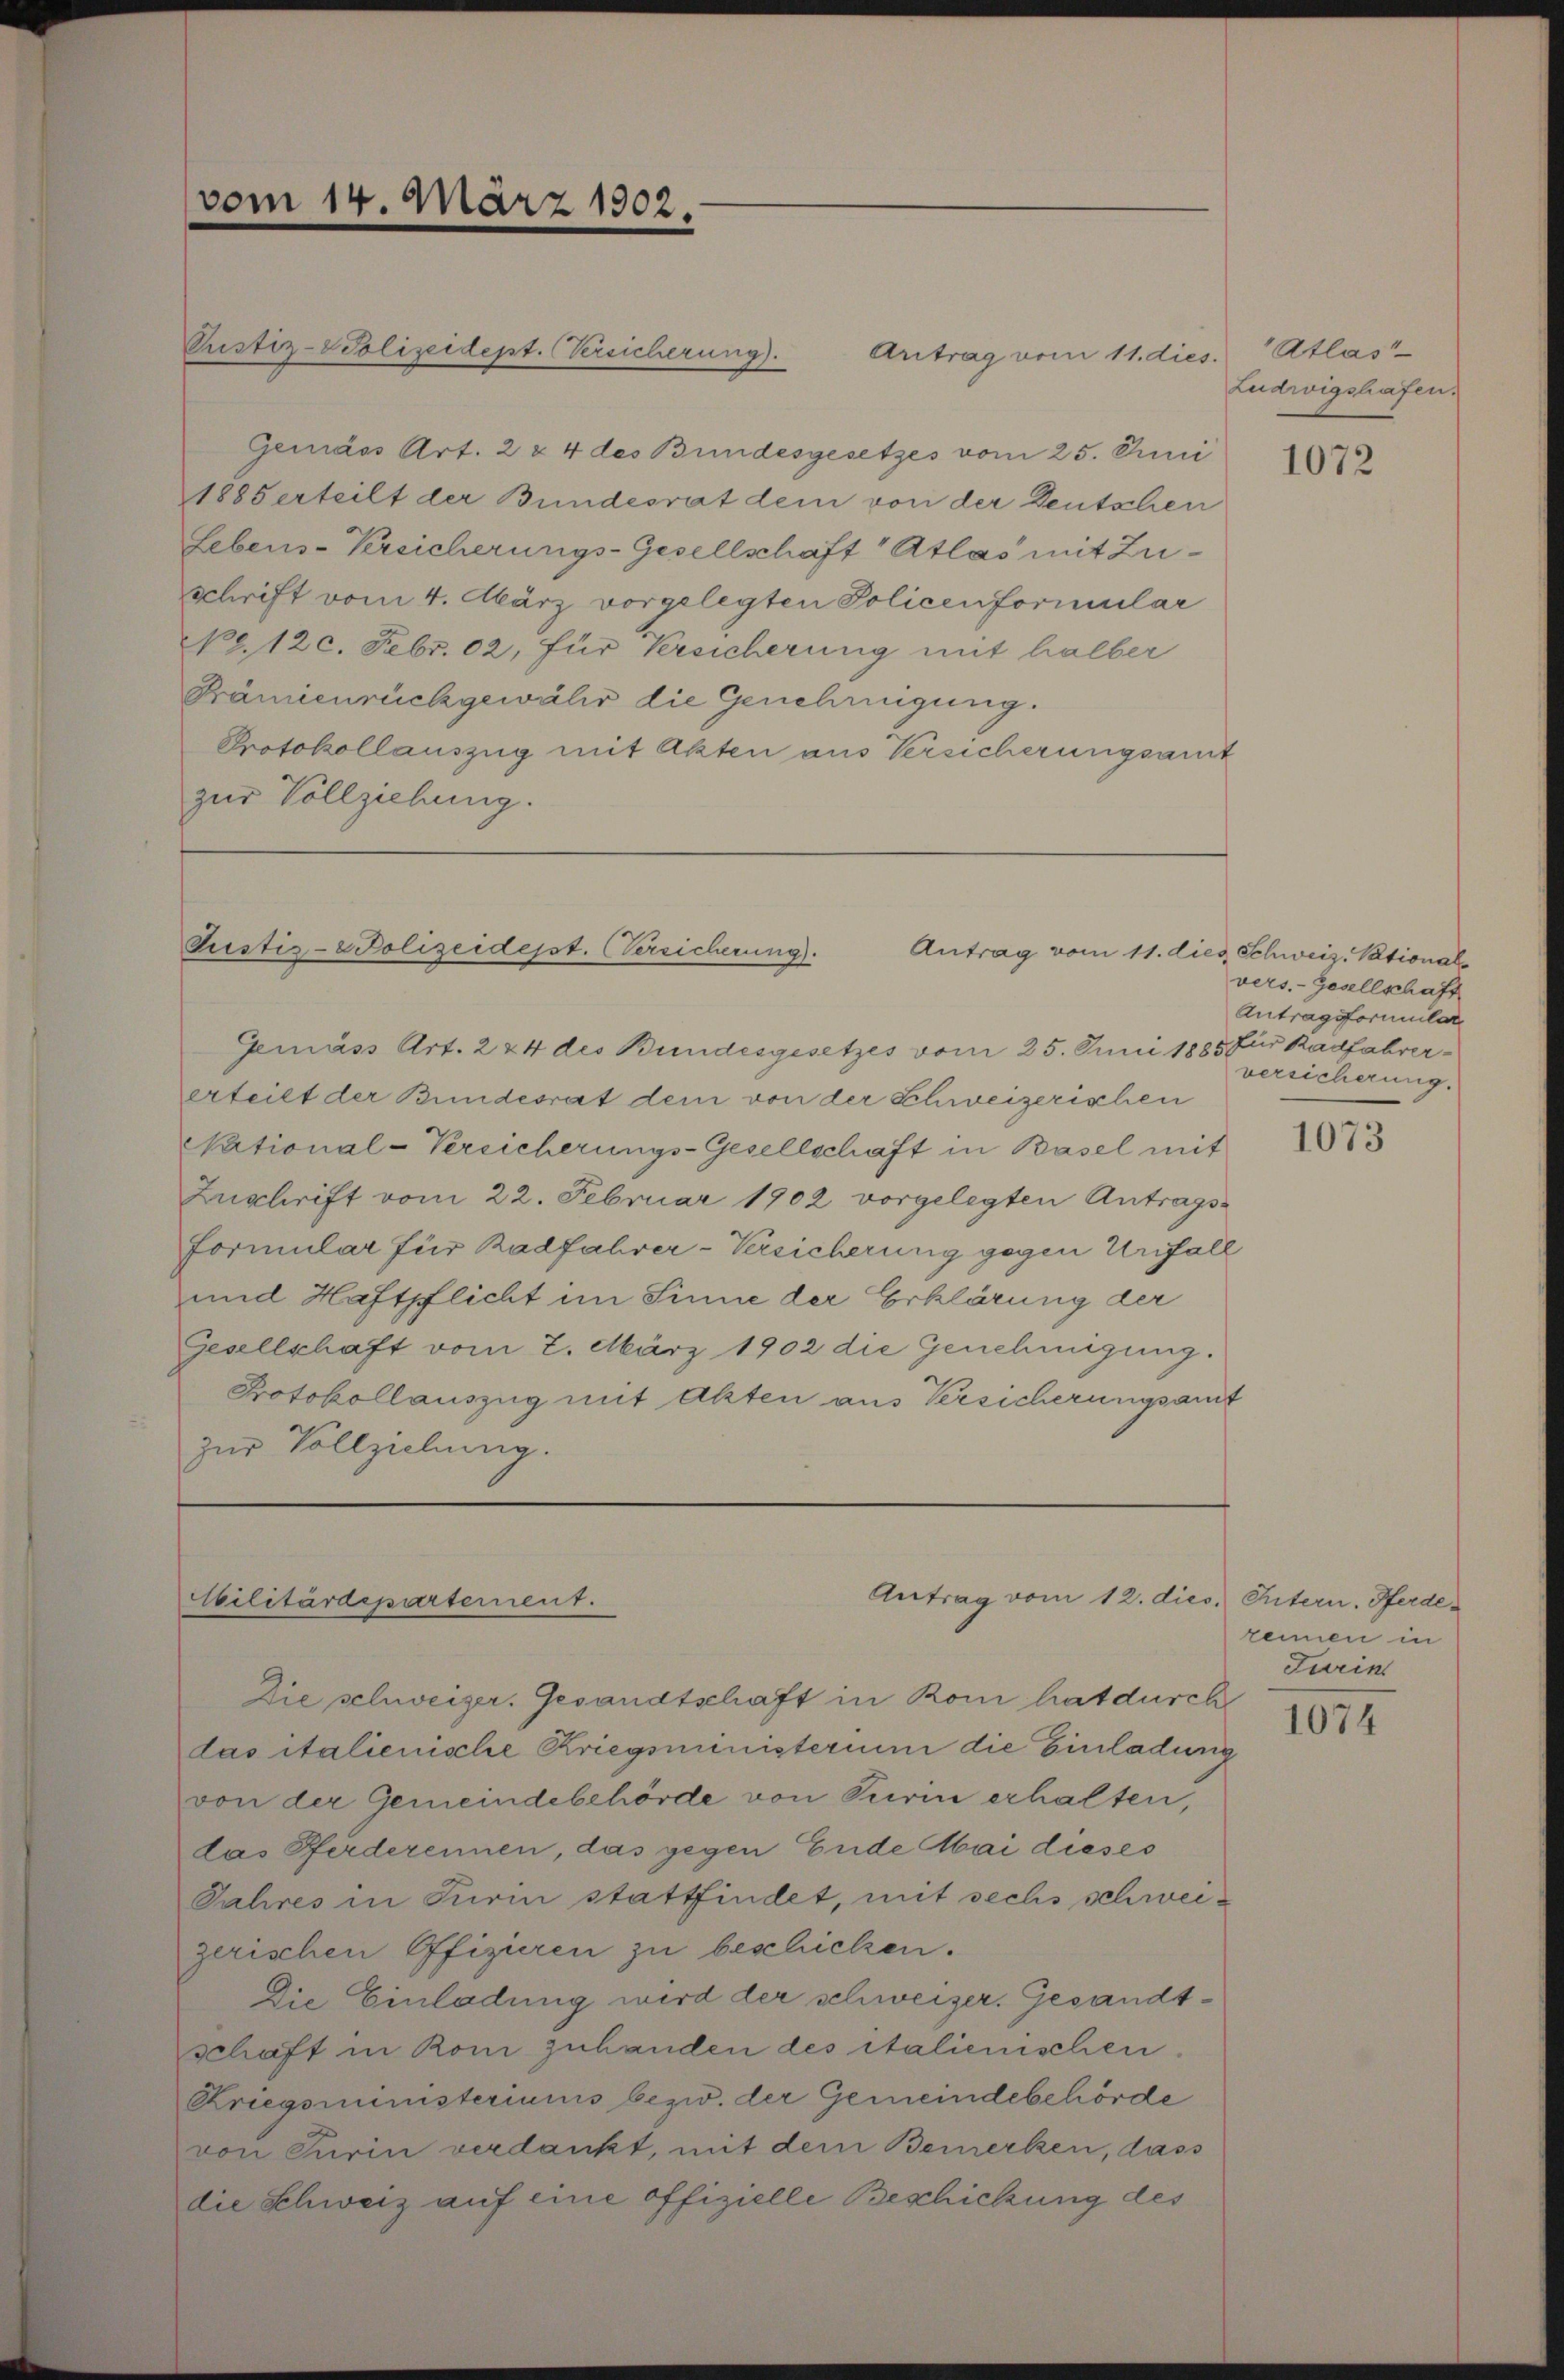
vom 14. März 1902.

Pustiz-Polizeidept. Vereicherung).
Antrag vom 11. dies Atlas
Gemäss Art. 2 & 4 des Bundesgesetzes vom 25. Juni
1885 erteilt der Bundesrat dem von der Deutschen
Lebens-Kreicherungs-Gesellschaft Atlas mit Zuschrift vom 4. März vorgelegten Policenformular
No. 120. Febr. 02, für Kreicherung mit halber
Prämienrückgewähr die Genehmigung.
Protokollauszug mit Akten aus Versicherungsart
zur Vollziehung.

Justiz-Polizeidesst. Versicherung).
Antrag vom 11. dies Schweiz. Pational

Antrag vom 12. dies. Intern. Pferde¬
Militärdepartement.

Gemäss Art. 224 des Bundesgesetzes vom 25. Juni 1885 für Radfahrererteilt der Bundesrat dem von der Schweizerischen
National-Versicherungs-Gesellschaft in Basel mit
Zuschrift vom 22. Februar 1902 vorgelegten Antrags¬
Formular für Radfahrer-Versicherung gegen Unfall
und Haftpflicht im Sinne der Erklärung der
Gesellschaft vom 2. März 1902 die Genehmigung.
Protokollauszug mit Akten aus Versicherungsamt
zur Vollziehung.

Die schweizer. Gesandtschaft in Rom hat durch
das italienische Kriegsministerium die Einladung
von der Gemeindebehörde von Turm erhalten,
das Pferderennen, das gegen Ende Mai dieses
Jahres in Turin stattfindet, mit sechs schweizerischen Offizieren zu beschicken.
Die Einladung wird der schweizer. Gesandtschaft in Rom zuhanden des italienischen
Kriegsministeriums bezw. der Gemeindebehörde
von Turin verdankt, mit dem Bemerken, dass
die Schweiz auf eine offizielle Beschickung des

Ludwigshafen.

1072

vers.-Gesellschaft
Antragsformten
versicherung.

1073

rennen in
Furin

1074